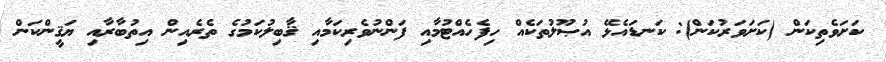
ކަށަވެތިކަން (ކަށަވަރުކަން): ކަނޑައެޅޭ އުޞޫލުތަކެއް ހިފެހެއްޓުމާއި ފަންނުވެރިކަމާއި ޤާބިލުކަމުގެ ތެރެއިން އިތުބާރާއި ޔަޤީންކަން